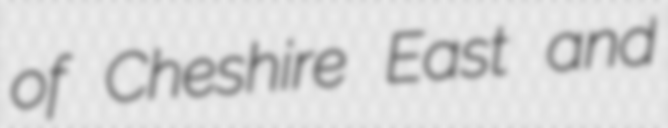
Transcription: of Cheshire East and